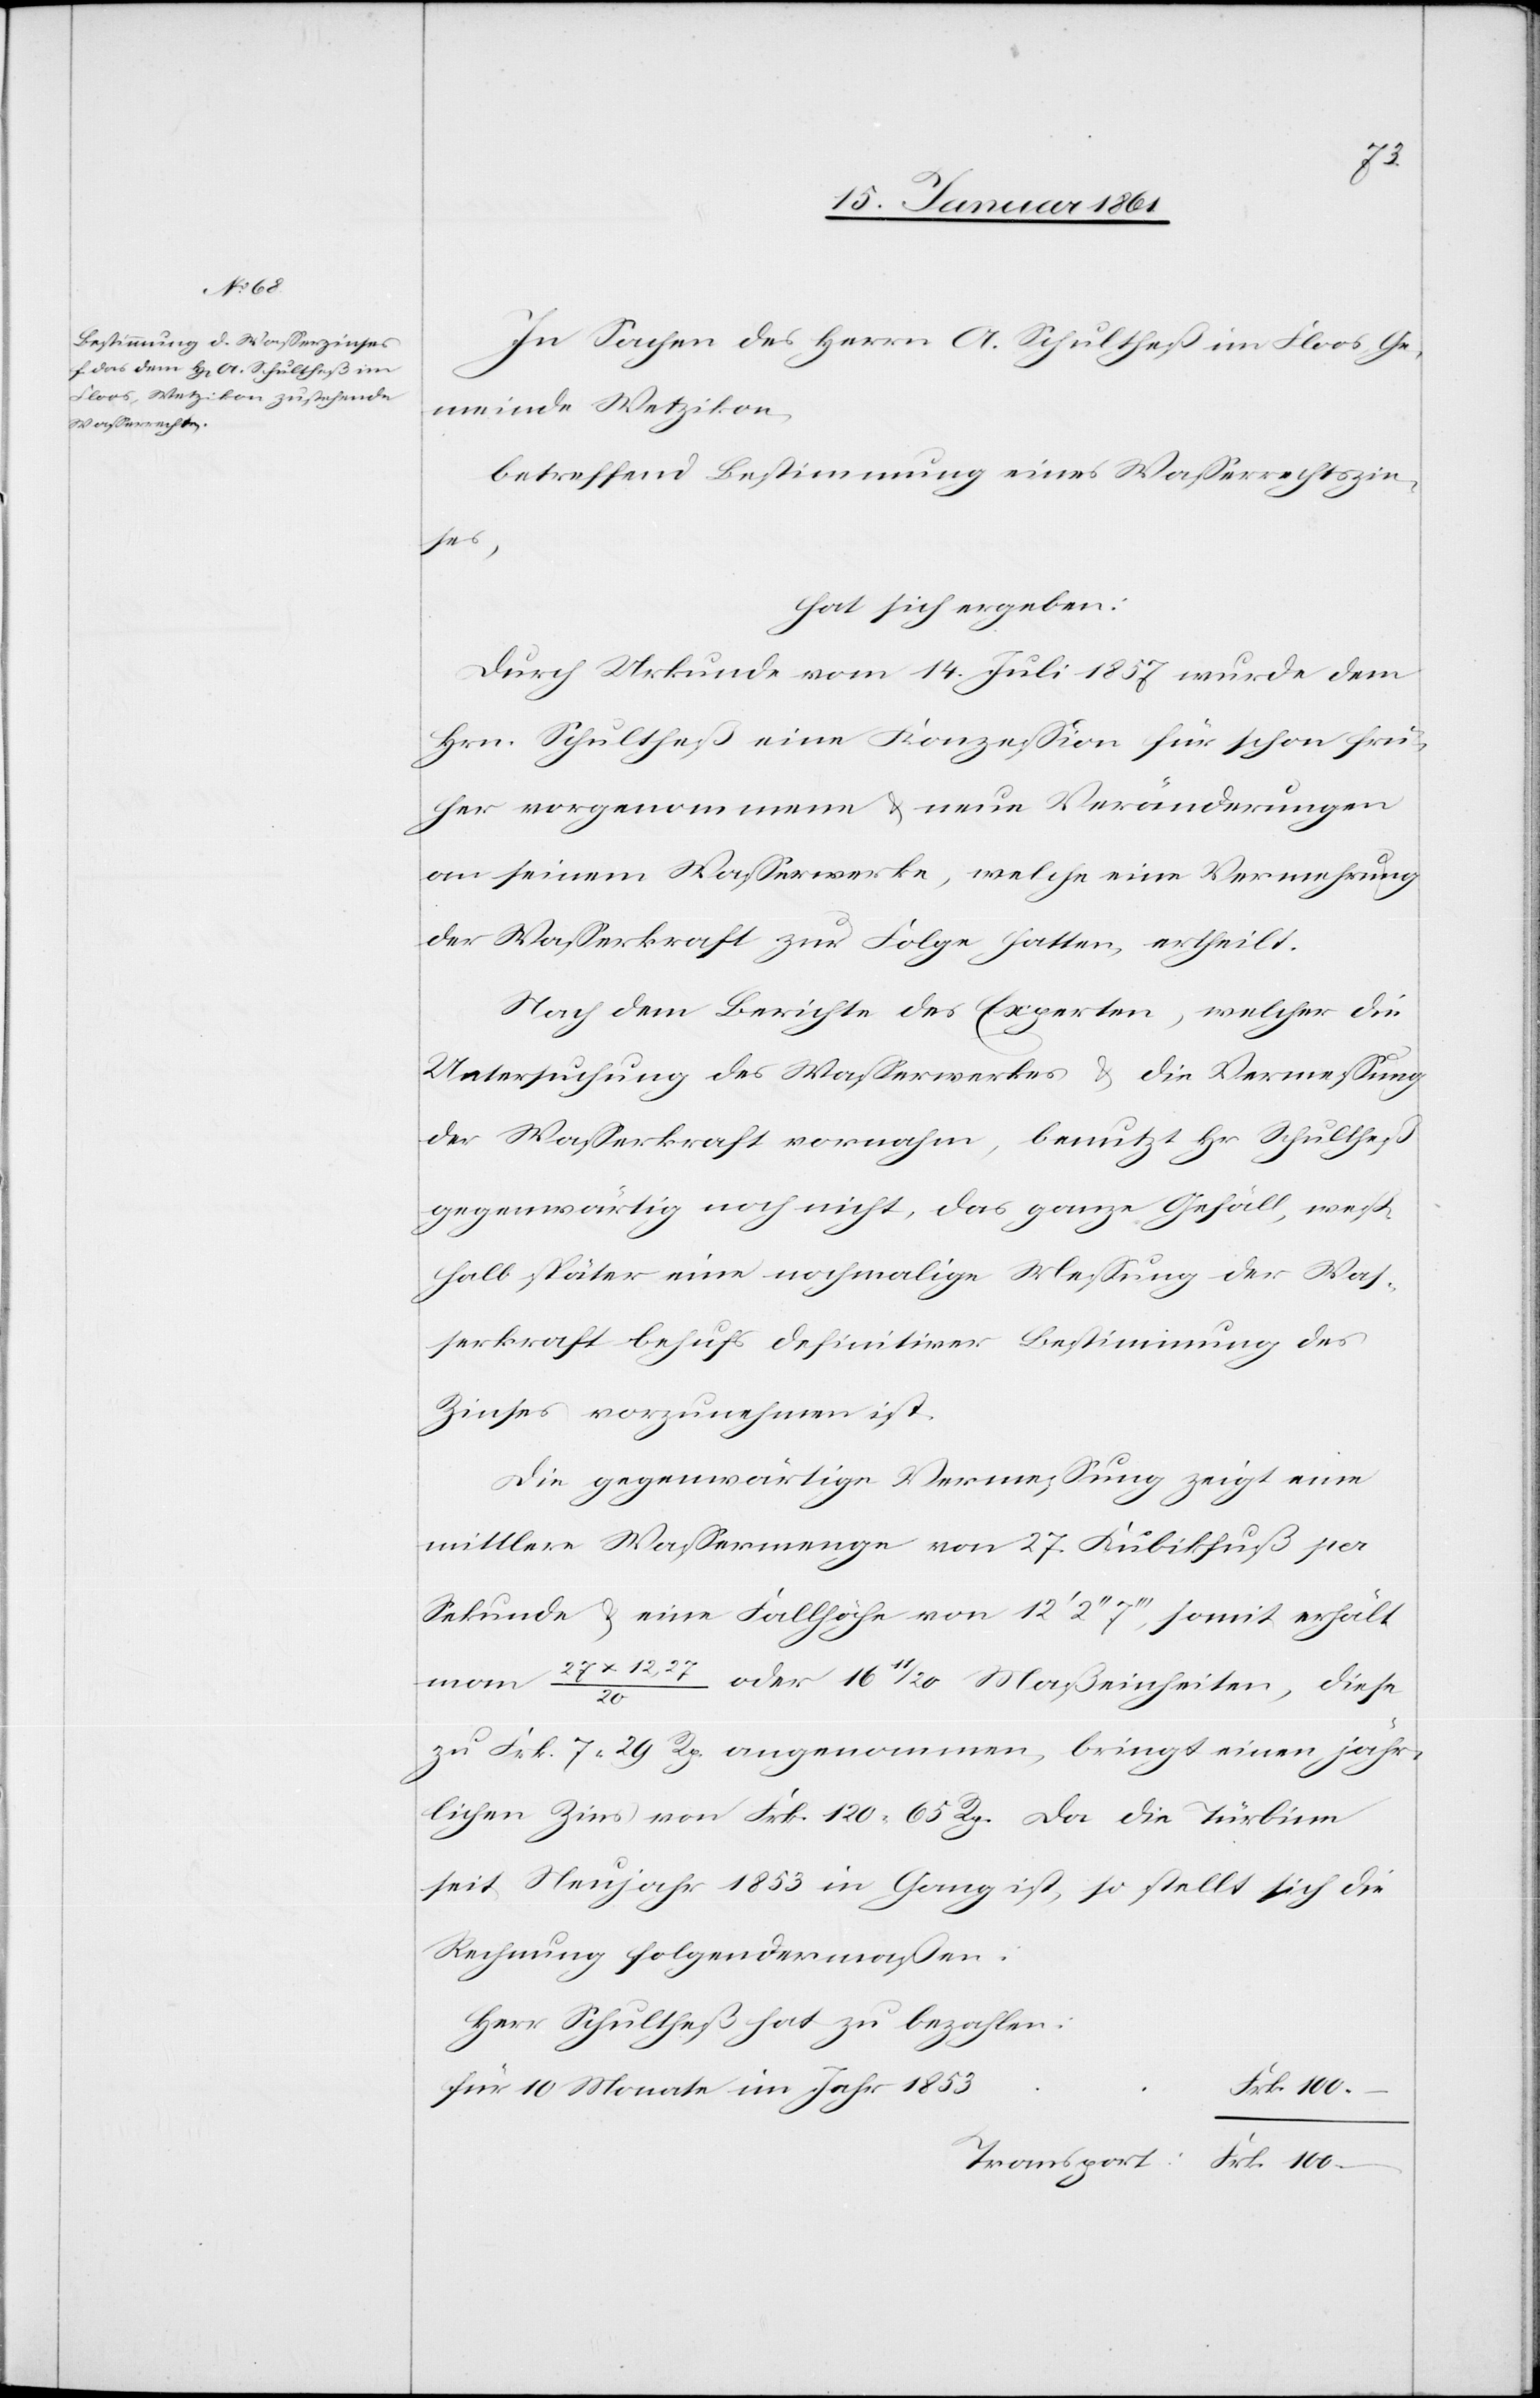
Frk.
In Sachen des Herrn A. Schultheß im Floos Ge¬
meinde Wetzikon
betreffend Bestimmung eines Wasserrechtszin¬
ses,
hat sich ergeben:
Durch Urkunde vom 14. Juli 1857 wurde dem
Hrn. Schultheß eine Konzession für schon frü¬
her vorgenommene u. neue Veränderungen
an seinem Wasserwerke, welche eine Vermehrung
der Wasserkraft zur Folge hatten, ertheilt.
Nach dem Berichte des Experten, welcher die
Untersuchung des Wasserwerkes u. die Vermessung
der Wasserkraft vornahm, benutzt Hr. Schultheß
gegenwärtig noch nicht das ganze Gefäll, weß¬
halb später eine nochmalige Messung der Was¬
serkraft behufs definitiver Bestimmung des
Zinses vorzunehmen ist.
Die gegenwärtige Vermessung zeigt eine
mittlere Wassermenge von 27. Kubikfuß per
Sekunde u. eine Fallhöhe von 12’ 2’’ 7’’’, somit erhält
man 27x12,27/20 oder 16 11/20 Maßeinheit, diese
100.
zu Frk. 7. 29. Rp. angenommen, bringt einen jähr¬
lichen Zins von Frk. 120 65 Rp. Da die Türbine
seit Neujahr 1853 in Gang ist, so stellt sich die
Rechnung folgendermassen:
Herr Schultheß hat zu bezahlen:
für 10 Monate im Jahr 1853